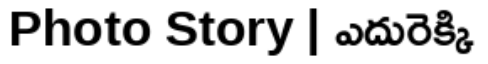
Photo Story | ఎదురెక్కి